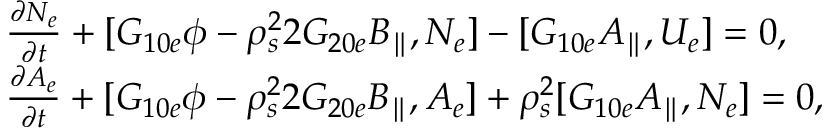
\begin{array} { r l } & { \frac { \partial N _ { e } } { \partial t } + [ G _ { 1 0 e } \phi - \rho _ { s } ^ { 2 } 2 G _ { 2 0 e } B _ { \parallel } , N _ { e } ] - [ G _ { 1 0 e } A _ { \parallel } , U _ { e } ] = 0 , } \\ & { \frac { \partial A _ { e } } { \partial t } + [ G _ { 1 0 e } \phi - \rho _ { s } ^ { 2 } 2 G _ { 2 0 e } B _ { \parallel } , A _ { e } ] + \rho _ { s } ^ { 2 } [ G _ { 1 0 e } A _ { \parallel } , N _ { e } ] = 0 , } \end{array}